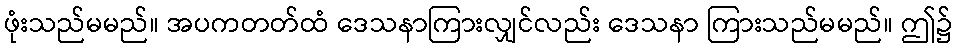
ဖုံးသည်မမည်။ အပကတတ်ထံ ဒေသနာကြားလျှင်လည်း ဒေသနာ ကြားသည်မမည်။ ဤ၌